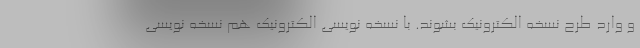
و وارد طرح نسخه الکترونیک بشوند. با نسخه نویسی الکترونیک هم نسخه نویسی